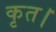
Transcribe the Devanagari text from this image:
कृत।